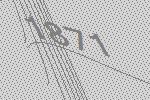
1871